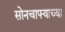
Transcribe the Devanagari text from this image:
सोनचाफ्याच्या